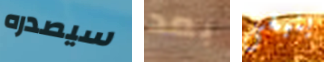
سيصدره بعد ينبغى